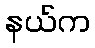
နယ်က